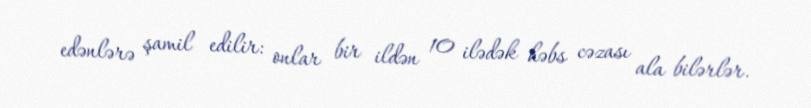
edənlərə şamil edilir: onlar bir ildən 10 ilədək həbs cəzası ala bilərlər.